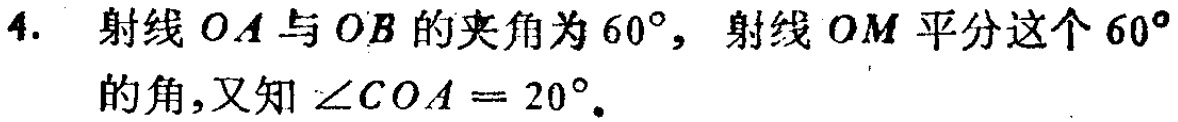
4. 射线 \(OA\) 与 \(OB\) 的夹角为 \(60^{\circ}\)，射线 \(OM\) 平分这个 \(60^{\circ}\) 的角，又知 \(\angle COA = 20^{\circ}\)。